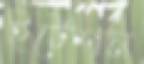
ইটেশন